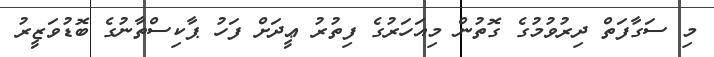
މި ސަގާފަތް ދިރުވުމުގެ ގޮތުން މިއަހަރުގެ ފިތުރު ޢީދަށް ފަހު ޕާކިސްތާނުގެ ބޮޑުވަޒީރު